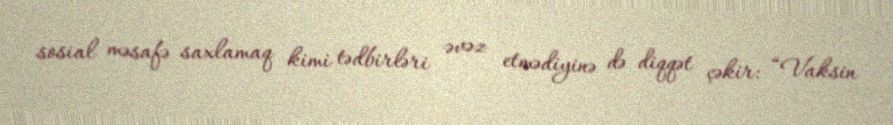
sosial məsafə saxlamaq kimi tədbirləri əvəz etmədiyinə də diqqət çəkir: “Vaksin